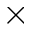
\times